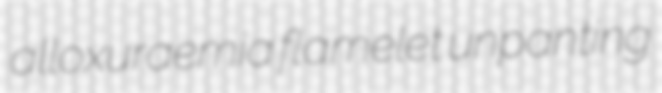
alloxuraemia flamelet unpanting